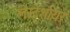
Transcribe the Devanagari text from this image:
लेस्टेर्शायर